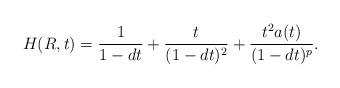
LaTeX: \begin{align*}H(R,t)=\frac{1}{1-dt}+\frac{t}{(1-dt)^2}+\frac{t^2a(t)}{(1-dt)^p}.\end{align*}